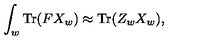
\int _ { w } \mathrm { T r } ( F X _ { w } ) \approx \mathrm { T r } ( Z _ { w } X _ { w } ) ,